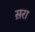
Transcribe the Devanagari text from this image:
स़रा